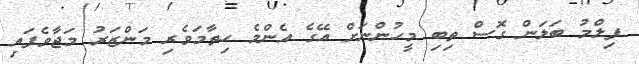
ފިލްމު ބަލަން ގޮސް ތިބި މީހުންނަށް އޭގެ އެންމެ ހިތާމަވެރި މަންޒަރު މަޖާވެފައި